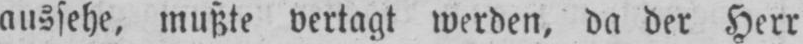
aussehe, mußte vertagt werden, da der Herr